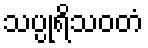
သပ္ပုရိသဝတံ